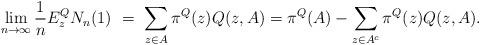
LaTeX: \begin{align*} \lim_{n\to\infty} \frac 1n E^Q_z N_n(1)\ =\ \sum_{z\in A } \pi^Q(z) Q(z,A) = \pi^Q (A) - \sum_{z \in A^c} \pi^Q (z) Q (z,A).\end{align*}